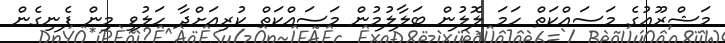
މަޝްރޫޢުގެ މަސައްކަތް ހަމަ ލޮލުން ބަލާލުމުން މަސައްކަތް ކުރިއަށްދާ ހަލުވި މިން ފެނިގެން